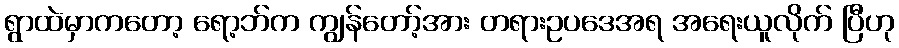
ရွာထဲမှာကတော့ ရော့ဘ်က ကျွန်တော့်အား တရားဥပဒေအရ အရေးယူလိုက် ပြီဟု